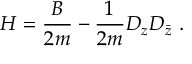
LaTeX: H = \frac { B } { 2 m } - \frac { 1 } { 2 m } D _ { z } D _ { \bar { z } } \ .